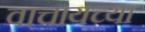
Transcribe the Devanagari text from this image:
वाचायच्या